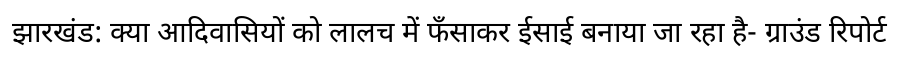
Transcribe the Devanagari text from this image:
झारखंड: क्या आदिवासियों को लालच में फँसाकर ईसाई बनाया जा रहा है- ग्राउंड रिपोर्ट